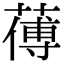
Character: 𦺉